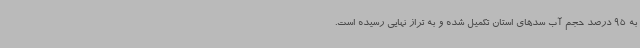
به 95 درصد حجم آب سدهای استان تکمیل شده و به تراز نهایی رسیده است.